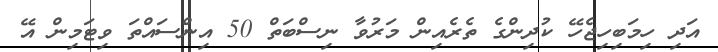
އަދި ހިމަބިހިޖެހޭ ކުދިންގެ ތެރެއިން މަރުވާ ނިސްބަތް 50 އިންސައްތަ ވިޓަމިން އޭ